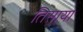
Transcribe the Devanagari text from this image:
तिसाया